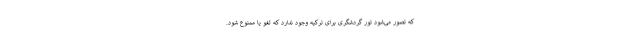
که تصور می‌شود تور گردشگری برای ترکیه وجود ندارد که لغو یا ممنوع شود.